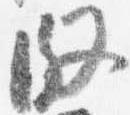
段